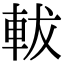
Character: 軷